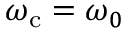
\omega _ { \mathrm { c } } = \omega _ { 0 }